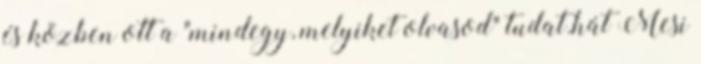
és közben ott a "mindegy, melyiket olvasod" tudat.hát Mesi